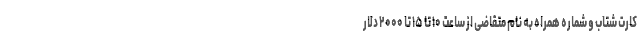
کارت شتاب و شماره همراه به نام متقاضی از ساعت ۱۰ تا ۱۵ تا ۲۰۰۰ دلار